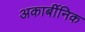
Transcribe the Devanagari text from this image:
अकार्बीनिक